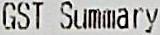
GST SUMMARY